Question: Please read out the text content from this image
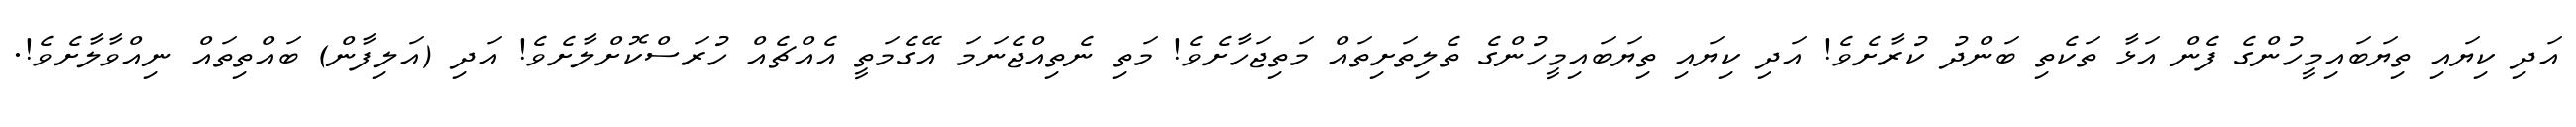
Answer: އަދި ކިޔައި ތިޔަބައިމީހުންގެ ފެން އަޅާ ތަކެތި ބަންދު ކުރާށެވެ! އަދި ކިޔައި ތިޔަބައިމީހުންގެ ތެލިތަށިތައް މަތިޖަހާށެވެ! މަތި ނެތިއްޖެނަމަ އޭގެމަތީ އެއްޗެއް ހުރަސްކޮށްލާށެވެ! އަދި (އަލިފާން) ބައްތިތައް ނިއްވާލާށެވެ!.